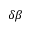
\delta \beta